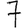
Digit: 7